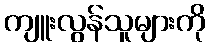
ကျူးလွန်သူများကို